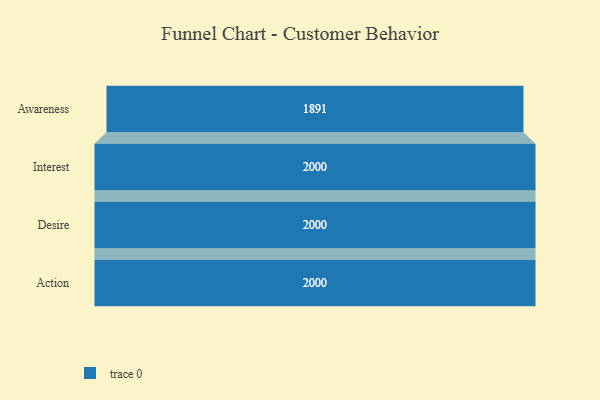
{"axis": {"x": "Stage", "y": "Value"}, "legend": [""], "data": [{"x": "Awareness", "y": 1891.0, "type": ""}, {"x": "Interest", "y": 2000, "type": ""}, {"x": "Desire", "y": 2000, "type": ""}, {"x": "Action", "y": 2000, "type": ""}]}